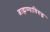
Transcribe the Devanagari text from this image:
ब्राह्मण्याविरुद्ध